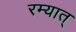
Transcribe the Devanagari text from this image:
रम्यात्